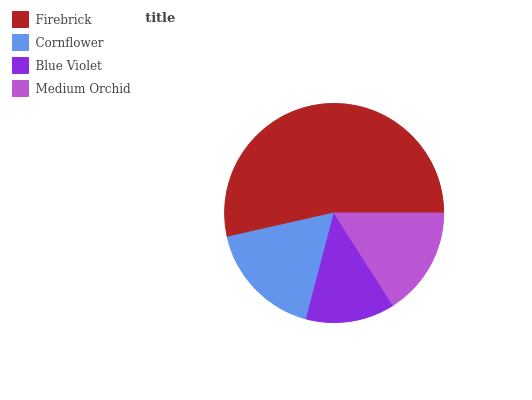
| Firebrick | Cornflower | Blue Violet | Medium Orchid |
 | --- | --- | --- | --- |
 | 53.5% | 17.4% | 13.1% | 15.9% |